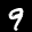
Label: 9